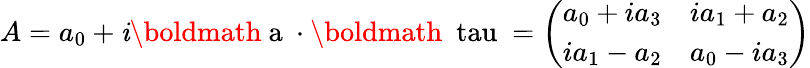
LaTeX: A=a_{0}+\mathit{i}\mathrm{{\boldmath~a~}}\cdot\mathrm{{\boldmath~\ tau~}}=\left(\begin{array}{cc}{{a_{0}+ia_{3}}}&{{ia_{1}+a_{2}}}\\ {{ia_{1}-a_{2}}}&{{a_{0}-ia_{3}}}\end{array}\right)